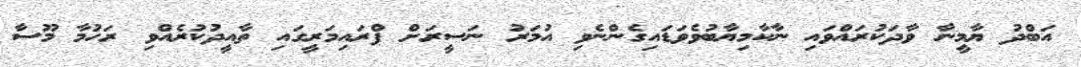
އަބްދު ޔާމީނާ ވާދަކުރައްވައި ނާކާމިޔާބުވެވަޑައިގެންނެވި އުމަރު ނަސީރަށް ޕްރައިމަރީގައި ތާއީދުކުރެއްވި ރަހުމާ މޫސާ